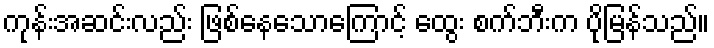
ကုန်းအဆင်းလည်း ဖြစ်နေသောကြောင့် ထွေး စက်ဘီးက ပိုမြန်သည်။